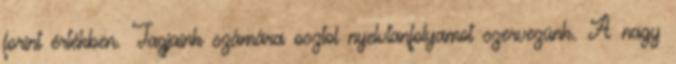
forint értékben. Tagjaink számára osztol nyelvtanfolyamot szervezünk. A nagy